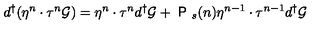
{ d ^ { \dagger } } ( \eta ^ { n } \cdot \tau ^ { n } { \cal { G } } ) = \eta ^ { n } \cdot \tau ^ { n } { d ^ { \dagger } } { \cal { G } } + { \textsf { P } } _ { s } ( n ) \eta ^ { n - 1 } \cdot \tau ^ { n - 1 } { d ^ { \dagger } } { \cal { G } }